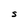
Character: S